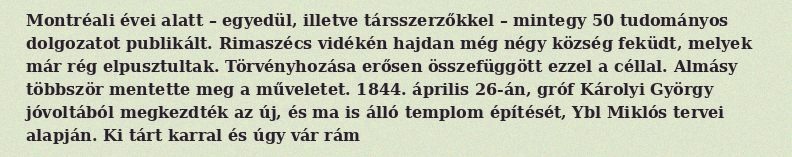
Montréali évei alatt – egyedül, illetve társszerzőkkel – mintegy 50 tudományos dolgozatot publikált. Rimaszécs vidékén hajdan még négy község feküdt, melyek már rég elpusztultak. Törvényhozása erősen összefüggött ezzel a céllal. Almásy többször mentette meg a műveletet. 1844. április 26-án, gróf Károlyi György jóvoltából megkezdték az új, és ma is álló templom építését, Ybl Miklós tervei alapján. Ki tárt karral és úgy vár rám